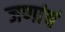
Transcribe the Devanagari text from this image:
जणांचं